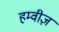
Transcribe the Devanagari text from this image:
हम्वीज़